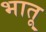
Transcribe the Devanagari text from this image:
भातू